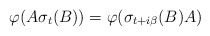
\begin{align*}\varphi (A\sigma _{t}(B))=\varphi (\sigma _{t+i\beta }(B)A)\end{align*}